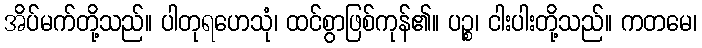
အိပ်မက်တို့သည်။ ပါတုရဟေသုံ၊ ထင်စွာဖြစ်ကုန်၏။ ပဉ္စ၊ ငါးပါးတို့သည်။ ကတမေ၊